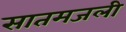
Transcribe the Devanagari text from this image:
सातमजली